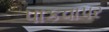
પાકવાપર